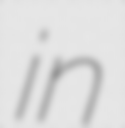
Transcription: in